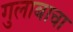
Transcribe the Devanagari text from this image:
गुलाबाचा